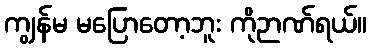
ကျွန်မ မပြောတော့ဘူး ကိုဉာဏ်ရယ်။